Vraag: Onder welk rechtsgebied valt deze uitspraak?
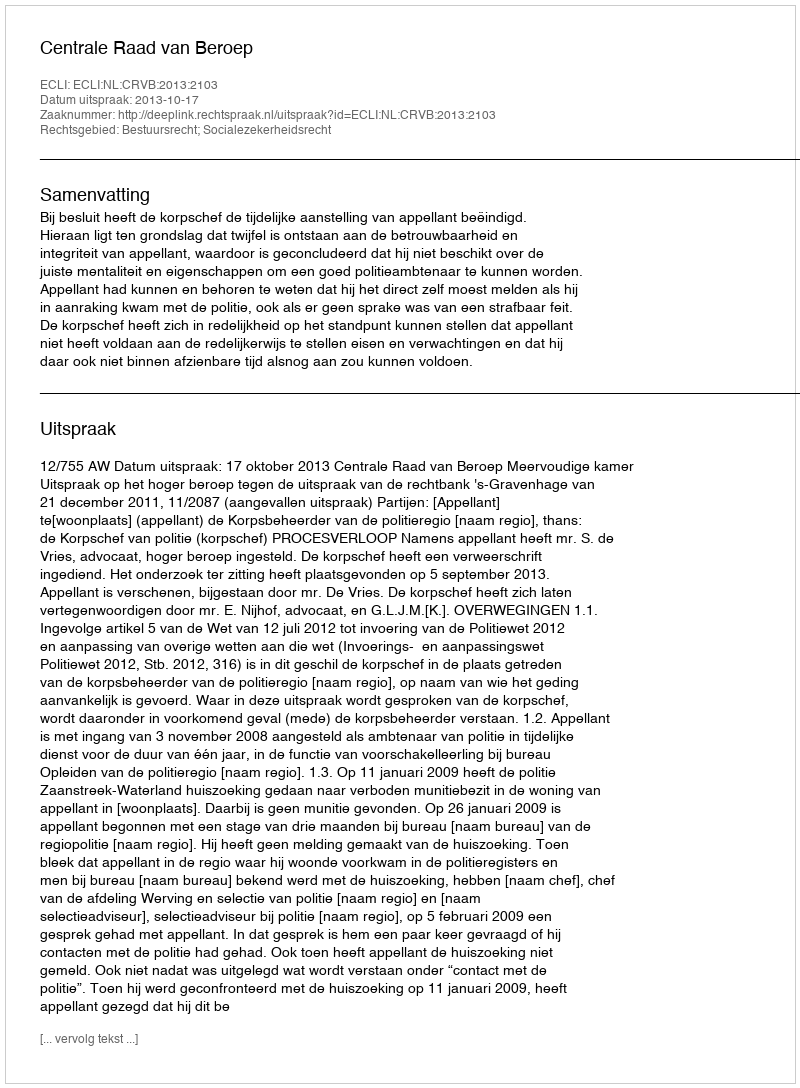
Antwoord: Bestuursrecht; Socialezekerheidsrecht